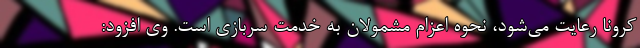
کرونا رعایت می‌شود، نحوه اعزام مشمولان به خدمت سربازی است. وی افزود: